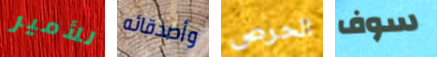
للأمير وأصدقائه الحرص سوف